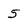
Character: 5